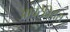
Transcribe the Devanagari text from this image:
आवटेवियस